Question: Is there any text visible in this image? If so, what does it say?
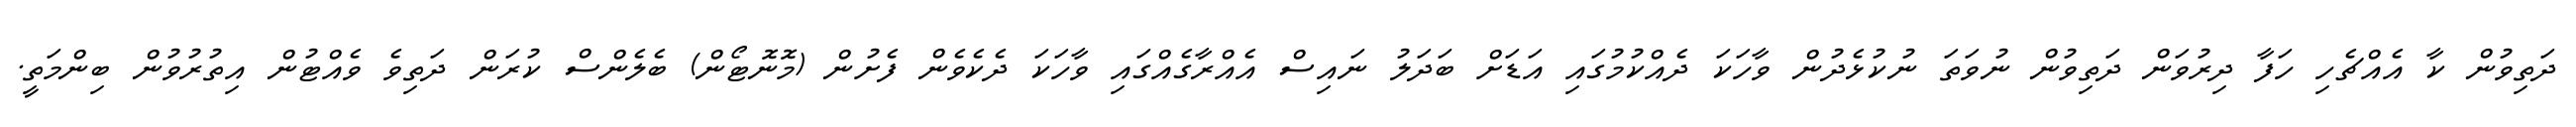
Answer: ދަތިވުން ކާ އެއްޗެހި ހަފާ ދިރުވަން ދަތިވުން ނުވަތަ ނުކުޅެދުން ވާހަކަ ދެއްކުމުގައި އަޑަށް ބަދަލު ނައިސް އެއްރާގެއްގައި ވާހަކަ ދެކެވެން ފެށުން (މޮނޮޓޯން) ބެލެންސް ކުރަން ދަތިވެ ވެއްޓުން އިތުރުވުން ބިންމަތީ.